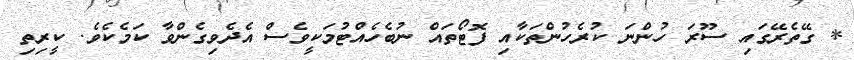
* ގޭތެރޭގައި ސޫރަ ހުންނަ ކުރެހުންތަކާއި ފޮޓޯތައް ނުބެހެއްޓުމަކީވެސް އެދެވިގެންވާ ކަމެކެވެ. ކީރިތި